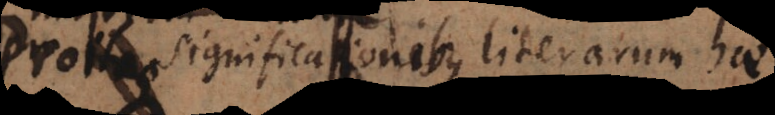
Pro significationibus literarum hae